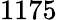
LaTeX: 1175